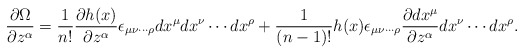
\begin{align*}\frac{\partial \Omega}{\partial z^{\alpha}} =\frac{1}{n!}\frac{\partial h(x)}{\partial z^{\alpha}}\epsilon_{{\mu}{\nu}\cdots {\rho}}dx^{\mu}dx^{\nu}\cdots dx^{\rho}+\frac{1}{(n-1)!}h(x)\epsilon_{{\mu}{\nu}\cdots {\rho}}\frac{\partial dx^{\mu}}{\partial z^{\alpha}}dx^{\nu}\cdots dx^{\rho}.\end{align*}